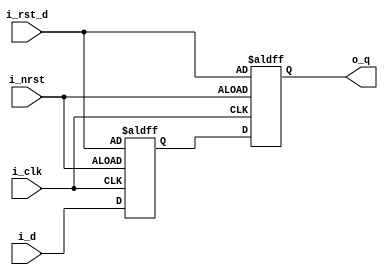
`timescale 1ns/1ps
module resync_2(
	input				i_clk,
   input          i_nrst,
   input          i_rst_d,
   input          i_d,
   output   reg   o_q 
);
   reg   p0;

	always@(posedge i_clk or negedge i_nrst) begin
		if(!i_nrst) begin
         p0    <= i_rst_d;
         o_q   <= i_rst_d;
		end else begin
         o_q   <= p0;
         p0    <= i_d;
		end
	end
endmodule